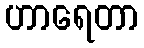
ဟာရေတာ